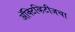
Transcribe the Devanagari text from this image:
ॲक्टिव्हिटीजचा